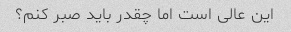
این عالی است اما چقدر باید صبر کنم؟